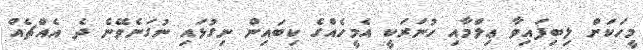
މީހަކަށް ލިބިފައިވާ ޢިލްމާއި ހުނަރަކީ އެމީހެއްގެ ކިބައިން ނިގުޅައި ނުގަނެވޭނެ ދެ އެއްޗެެއް